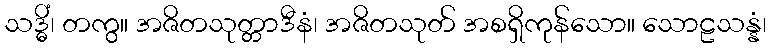
သဒ္ဓိံ၊ တကွ။ အဇိတသုတ္တာဒီနံ၊ အဇိတသုတ် အစရှိကုန်သော။ သောဠသန္နံ၊